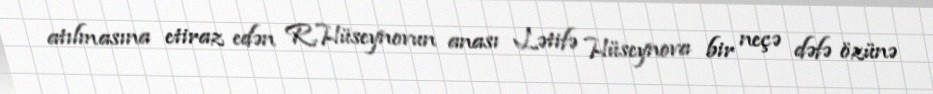
atılmasına etiraz edən R.Hüseynovun anası Lətifə Hüseynova bir neçə dəfə özünə